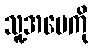
သူ့အမေကို